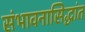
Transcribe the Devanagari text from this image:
संभावनासिद्धांत